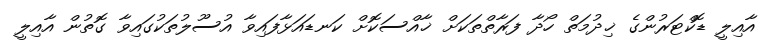
އާއިލީ ޑޮކްޓަރުންގެ ޚިދުމަތް ހޯދާ ފަރާތްތަކަށް ޚާއްސަކޮށް ކަނޑައަޅާފައިވާ އުސޫލުތަކުގައިވާ ގޮތުން އާއިލީ